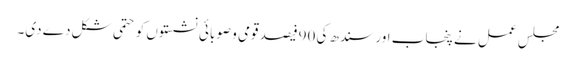
مجلس عمل نے پنجاب اور سندھ کی 90فیصد قومی و صوبائی نشستوں کو حتمی شکل دے دی۔